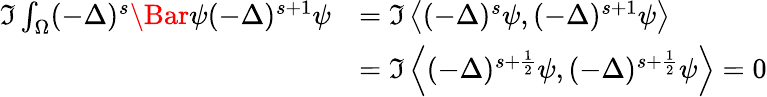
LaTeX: \begin{array}{rl}{\Im\int_{\Omega}(-\Delta)^{s}\Bar{\psi}(-\Delta)^{s+1}\psi}&{=\Im\left\langle(-\Delta)^{s}\psi,(-\Delta)^{s+1}\psi\right\rangle}\\ &{=\Im\left\langle(-\Delta)^{s+\frac{1}{2}}\psi,(-\Delta)^{s+\frac{1}{2}}\psi\right\rangle=0}\end{array}